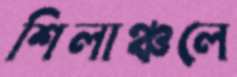
শিলাঞ্চলে